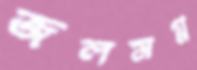
জলমগ্ন